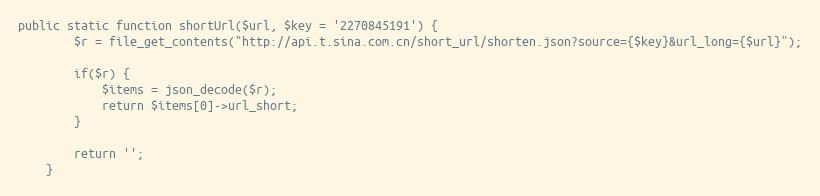
Language: PHP
public static function shortUrl($url, $key = '2270845191') {
	    $r = file_get_contents("http://api.t.sina.com.cn/short_url/shorten.json?source={$key}&url_long={$url}");

	    if($r) {
	        $items = json_decode($r);
	        return $items[0]->url_short;
	    }

	    return '';
	}